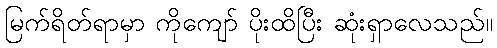
မြက်ရိတ်ရာမှာ ကိုကျော် ပိုးထိပြီး ဆုံးရှာလေသည်။